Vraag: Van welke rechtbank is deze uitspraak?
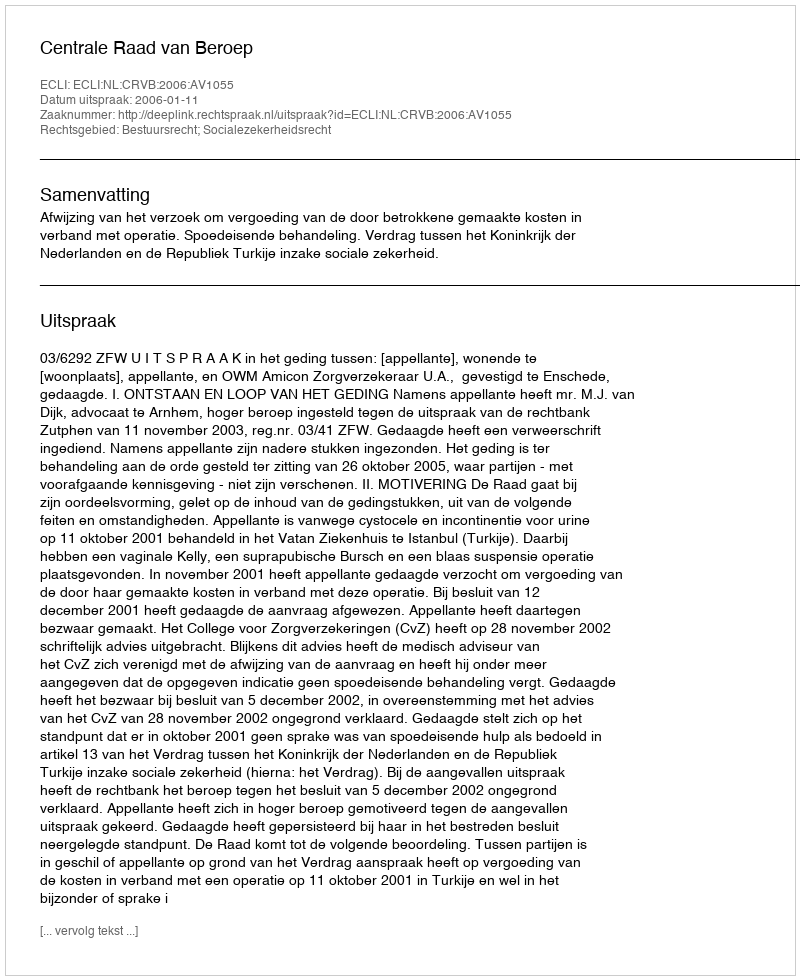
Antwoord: Centrale Raad van Beroep